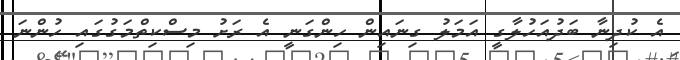
އެ ކުދިނާ ބަދުއަހުލާގީ އަމަލު ގިނައިން ހިންގަނީ އެ ރަށު މިސްކިތްމަގުގައި ހުންނަ